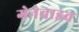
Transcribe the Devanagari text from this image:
गेनेवाइव